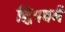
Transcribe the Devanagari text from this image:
ह्विपवर्म